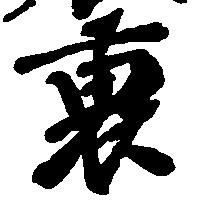
裏